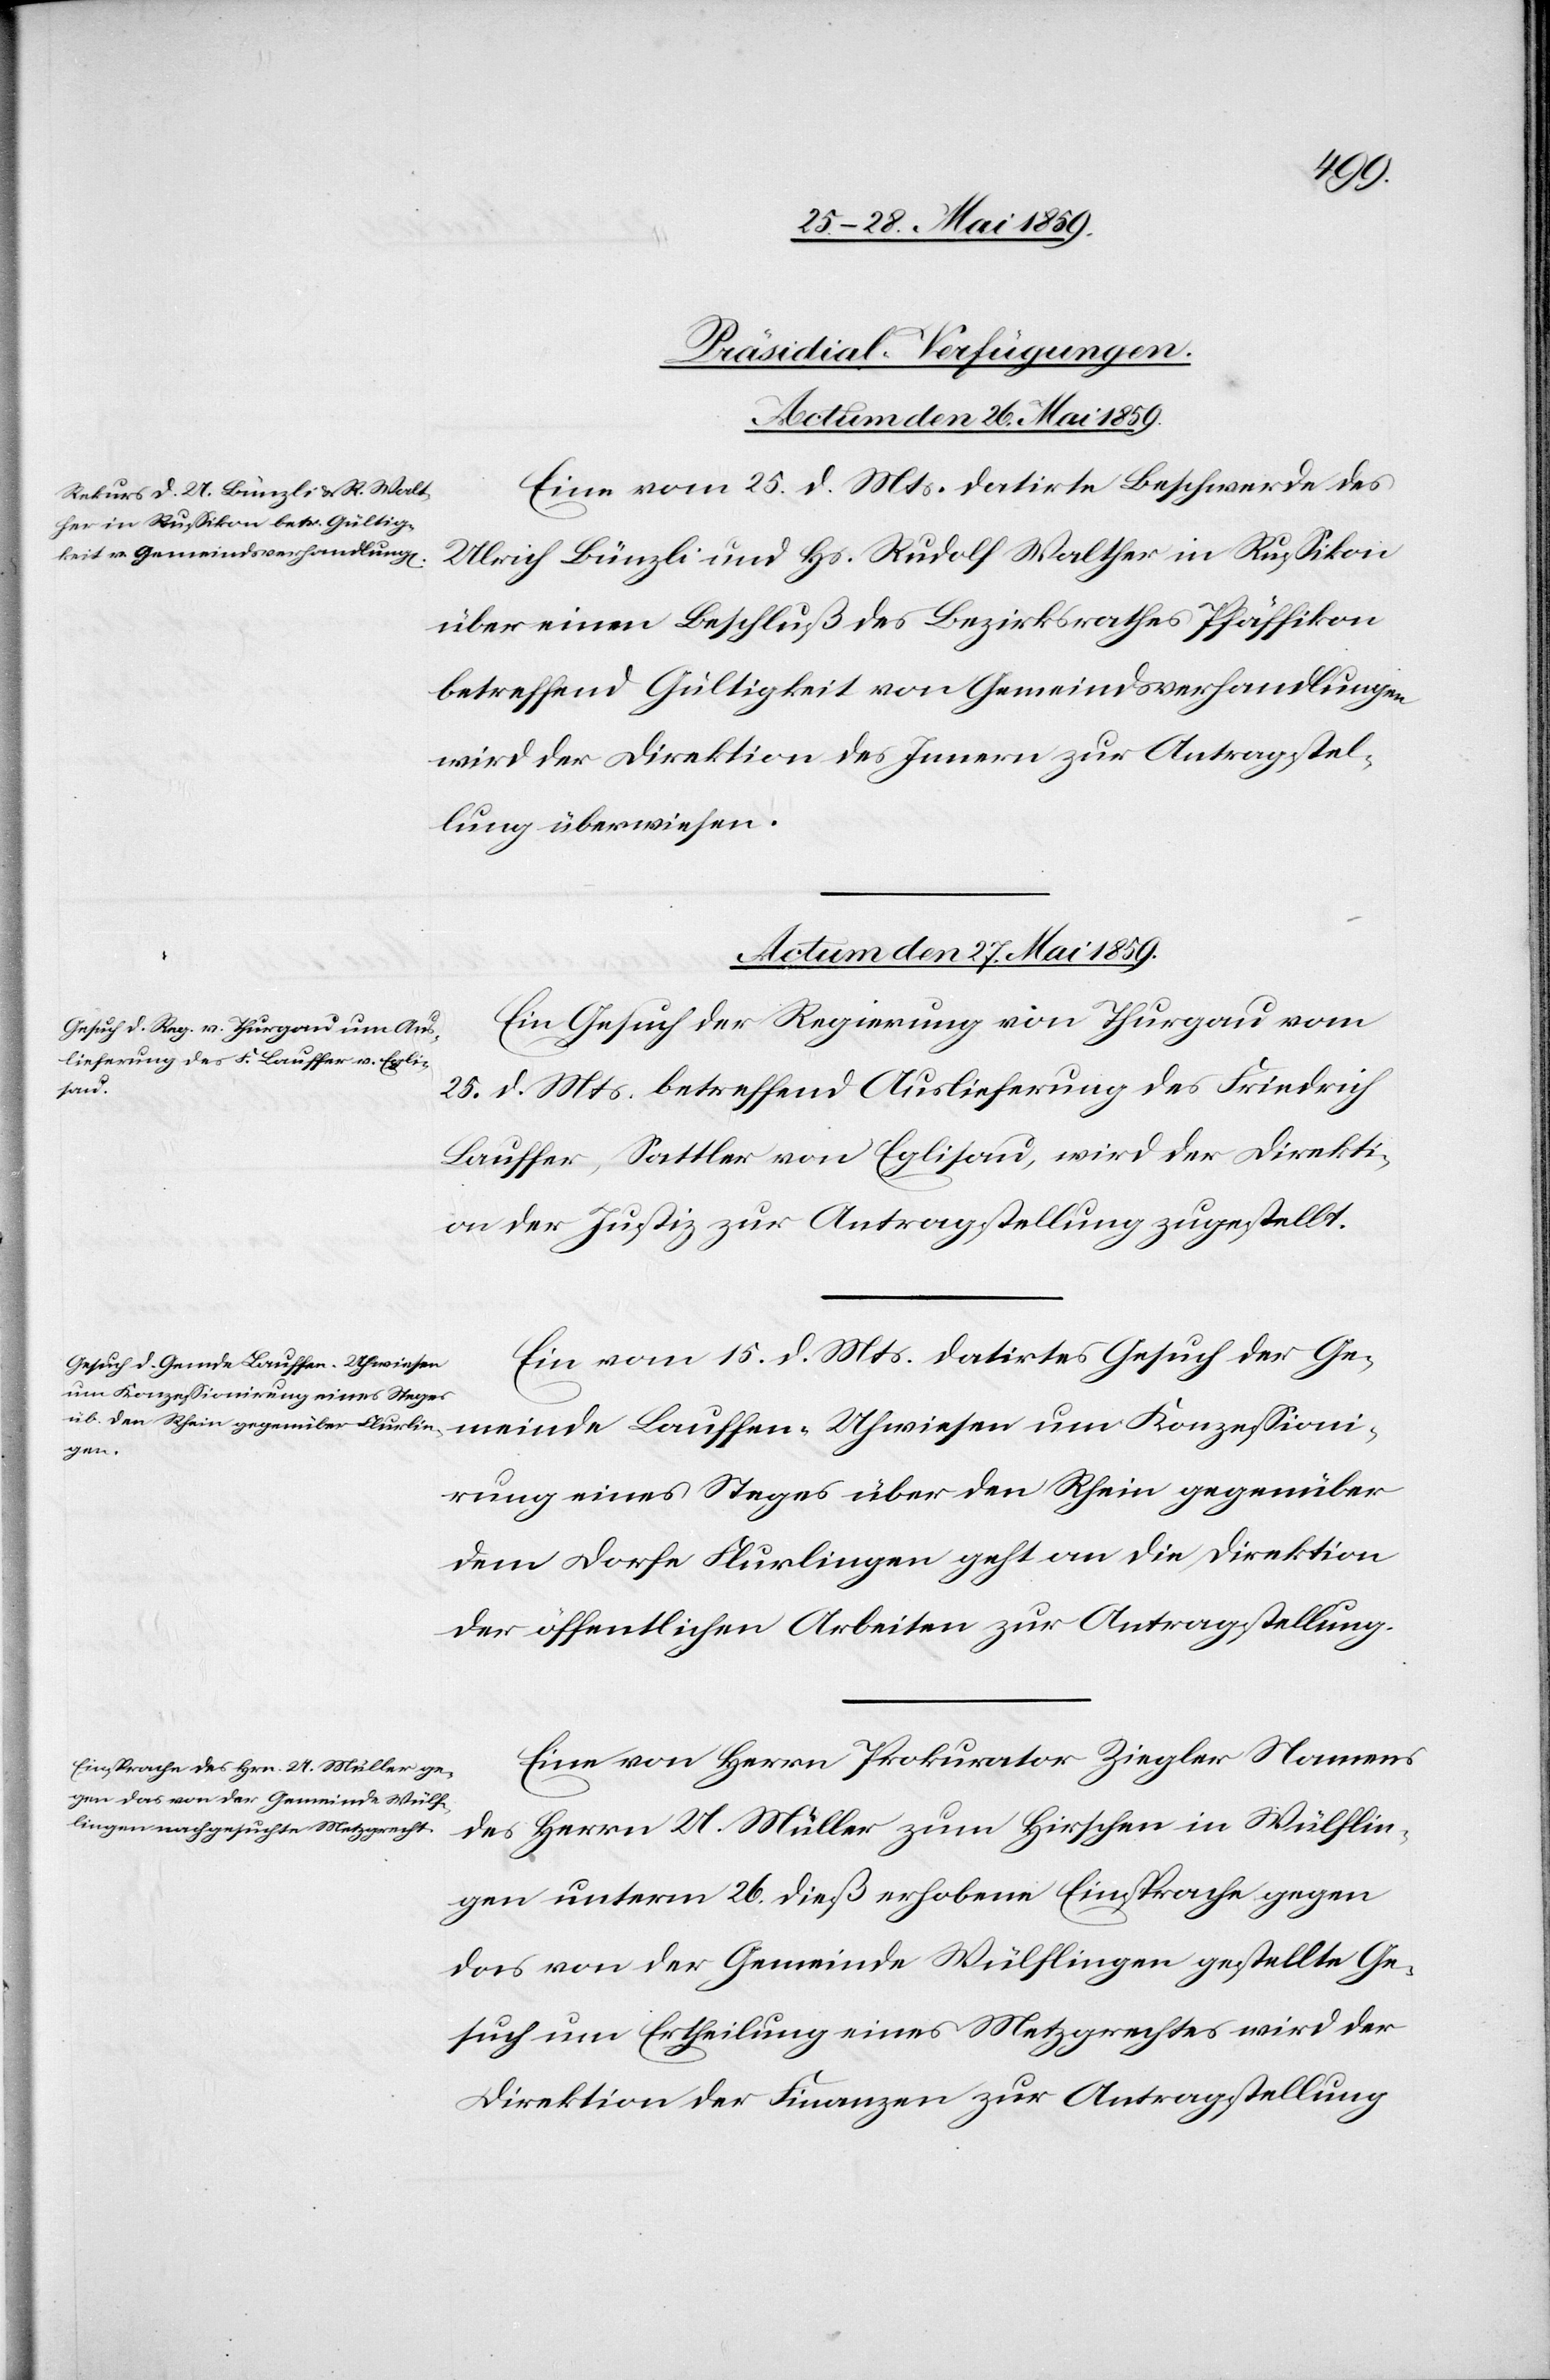
[Präsidial-Verfügungen.
Eine vom 25. . Mts. datirte Beschwerde des
Ulrich Bünzli und Hs. Rudolf Walther in Russikon
über einen Beschluß des Bezirksrathes Pfäffikon
betreffend Gültigkeit von Gemeindsverhandlungen
wird der Direktion des Innern zur Antragstel¬
lung überwiesen.
Actum den 27. Mai 1859.]
Ein Gesuch der Regierung von Thurgau vom
25. d. Mts. betreffend Auslieferung des Friedrich
Lauffer, Sattler von Eglisau, wird der Direkti¬
on der Justiz zur Antragstellung zugestellt.
Ein vom 15. d. Mts. datirtes Gesuch der Ge¬
meinde Lauffen-Uhwiesen um Konzessioni¬
rung eines Steges über den Rhein gegenüber
dem Dorfe Flurlingen geht an die Direktion
der öffentlichen Arbeiten zur Antragstellung.
Eine von Herrn Prokurator Ziegler Namens
des Herrn U. Müller zum Hirschen in Wülflin¬
gen unterm 26. dieß erhobene Einsprache gegen
das von der Gemeinde Wülflingen gestellte Ge¬
such um Ertheilung eines Metzgrechtes wird der
Direktion der Finanzen zur Antragstellung